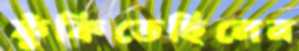
ফুঁকিতেছিলেন